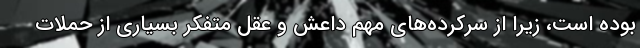
بوده است، زیرا از سرکرده‌های مهم داعش و عقل متفکر بسیاری از حملات